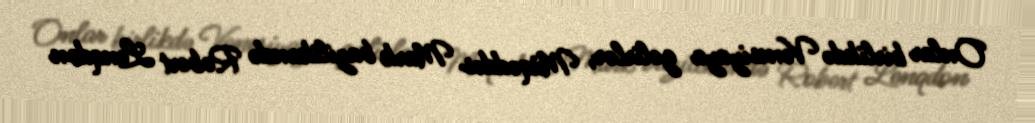
Onlar birlikdə Venesiyaya gəlirlər, Müqəddəs Mark bazilikandə Robert Lenqdon